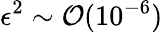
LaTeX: \epsilon^{2}\sim\mathcal{O}(10^{-6})